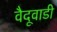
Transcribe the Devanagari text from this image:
वैदूवाडी